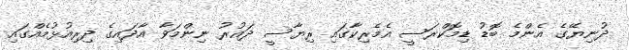
ދުނިޔޭގެ އެންމެ ބޮޑު ޑިމޮކްރަސީ އެމެރިކާގައި ރިޔާސީ ދައުރު ނިންމަވާ އާދައިގެ ދިރިއުޅުމެއްގައި